Malaria in the Punjab - Number 46
Disease focus: Malaria
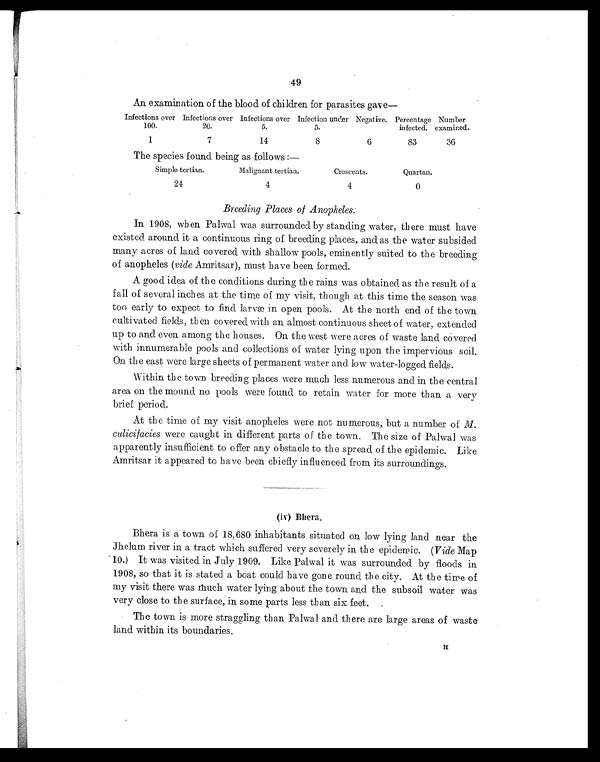
49
An examination of the blood of children for parasites gave—
Infections over
100.
Infections over
20.
Infections over
5.
Infection under
5.
Negative. Percentage
infected.
Number
examined.
1
7
14
8
6
83
36
The species found being as follows :—
Simple tertian.
Malignant tertian.
Crescents.
Quartan.
24
4
4
0
Breeding Places of Anopheles.
In 1908, when Palwal was surrounded by standing water, there must have
existed around it a continuous ring of breeding places, and as the water subsided
many acres of land covered with shallow pools, eminently suited to the breeding
of anopheles (vide Amritsar), must have been formed.
A good idea of the conditions during the rains was obtained as the result of a
fall of several inches at the time of my visit, though at this time the season was
too early to expect to find larvæ in open pools. At the north end of the town
cultivated fields, then covered with an almost continuous sheet of water, extended
up to and even among the houses. On the west were acres of waste land covered
with innumerable pools and collections of water lying upon the impervious soil.
On the east were large sheets of permanent water and low water-logged fields.
Within the town breeding places were much less numerous and in the central
area on the mound no pools were found to retain water for more than a very
brief period.
At the time of my visit anopheles were not numerous, but a number of M.
culicifacies were caught in different parts of the town. The size of Palwal was
apparently insufficient to offer any obstacle to the spread of the epidemic. Like
Amritsar it appeared to have been chiefly influenced from its surroundings.
(iv) Bhera.
Bhera is a town of 18,680 inhabitants situated on low lying land near the
Jhelum river in a tract which suffered very severely in the epidemic. ( Vide Map
10.) It was visited in July 1909. Like Palwal it was surrounded by floods in
1908, so that it is stated a boat could have gone round the city. At the time of
my visit there was much water lying about the town and the subsoil water was
very close to the surface, in some parts less than six feet.
The town is more straggling than Palwal and there are large areas of waste
land within its boundaries.